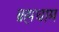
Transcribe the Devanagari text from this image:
ब्रह्मधाम